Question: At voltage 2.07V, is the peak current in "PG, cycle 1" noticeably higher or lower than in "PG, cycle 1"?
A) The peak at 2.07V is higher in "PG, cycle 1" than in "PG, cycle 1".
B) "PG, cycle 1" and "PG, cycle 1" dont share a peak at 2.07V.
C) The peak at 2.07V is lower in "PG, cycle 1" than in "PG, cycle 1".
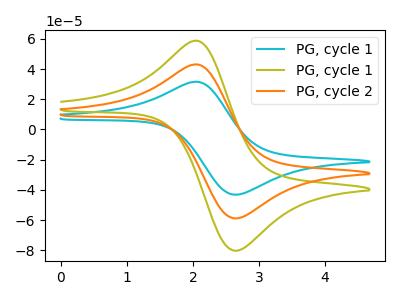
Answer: <think>The cyan curve "PG, cycle 1" has an anodic peak at (2.05V, 85.95uA) and a cathodic peak at (2.65V, -117.65uA). The olive curve "PG, cycle 1" has an anodic peak at (2.05V, 58.60uA) and a cathodic peak at (2.65V, -80.20uA). The orange curve "PG, cycle 2" has an anodic peak at (2.05V, 43.00uA) and a cathodic peak at (2.65V, -58.80uA).</think>
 <answer>C) The peak at 2.07V is lower in "PG, cycle 1" than in "PG, cycle 1".</answer>
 <eval>C</eval>